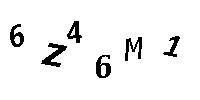
6Z46M1